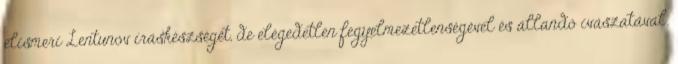
elismeri Lentunov íráskészségét, de elégedetlen fegyelmezetlenségével és állandó ivászatával.